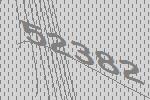
52382